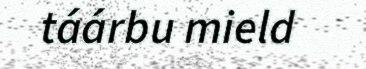
táárbu mield